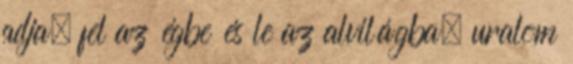
adja; fel az égbe és le az alvilágba, uralom